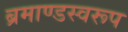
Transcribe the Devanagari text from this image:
ब्रमाण्डस्वरूप